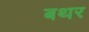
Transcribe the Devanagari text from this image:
बथर